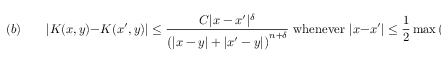
( b ) \qquad | K ( x , y ) - K ( x ^ { \prime } , y ) | \leq { \frac { C | x - x ^ { \prime } | ^ { \delta } } { { \bigl ( } | x - y | + | x ^ { \prime } - y | { \bigr ) } ^ { n + \delta } } } { \mathrm { ~ w h e n e v e r ~ } } | x - x ^ { \prime } | \leq { \frac { 1 } { 2 } } \operatorname* { m a x } { \bigl ( } | x - y | , | x ^ { \prime } - y | { \bigr ) }